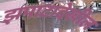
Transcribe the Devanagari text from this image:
झपाटादेखील